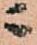
ニ